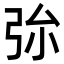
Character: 㢱